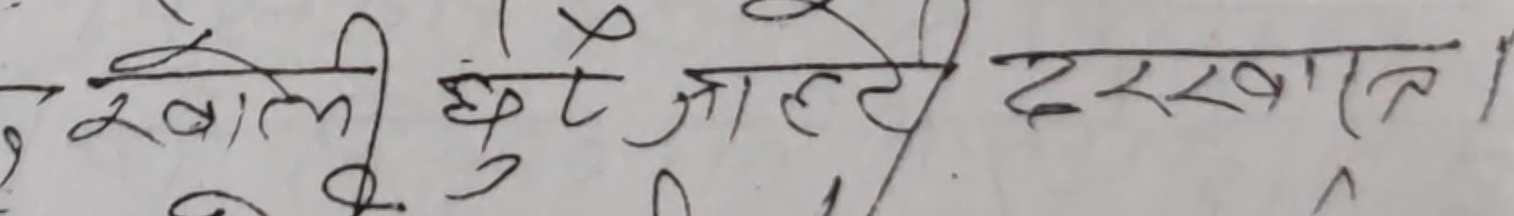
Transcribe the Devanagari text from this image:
र खाली छुट्‌टे जाल्ते दख्खात ।